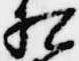
相